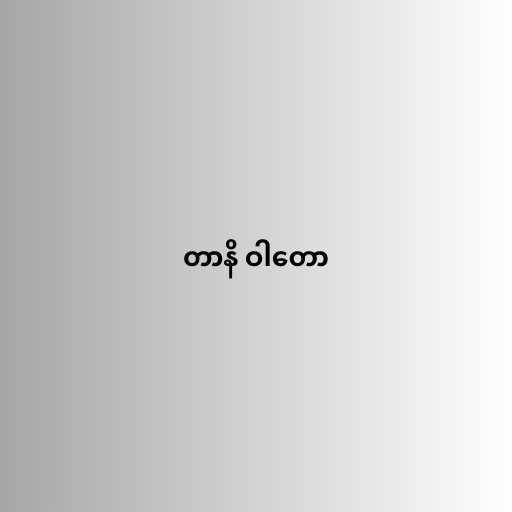
တာနိ ဝါတော